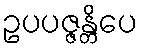
ဥပပဇ္ဇန္တိပေ